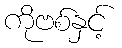
ကိုဗစ်နှင့်